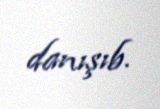
danışıb.